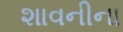
શાવનીના